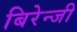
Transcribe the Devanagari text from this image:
बिरेन्जी